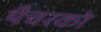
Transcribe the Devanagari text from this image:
थैचरको